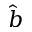
\hat { b }